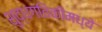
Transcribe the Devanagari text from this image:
शुद्धगतिकीमध्ये